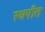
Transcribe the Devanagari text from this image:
स्थपीत